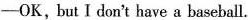
——OK,but I don't have a baseball.